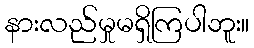
နားလည်မှုမရှိကြပါဘူး။